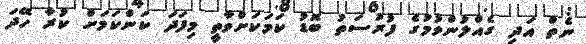
ނެތް އަދި ގެއްލުންވުމުގެ ފުރުސަތު ބޮޑު ކަމަކަށްވާތީ މިފަދަ ކަންކަމަށް ކުރާ ހޭދަ